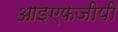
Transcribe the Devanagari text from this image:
आइएफजीपी